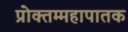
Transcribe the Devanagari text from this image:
प्रोक्तम्महापातक